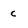
Character: c